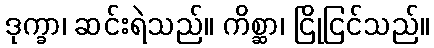
ဒုက္ခာ၊ ဆင်းရဲသည်။ ကိစ္ဆာ၊ ငြိုငြင်သည်။